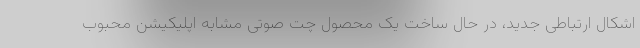
اشکال ارتباطی جدید، در حال ساخت یک محصول چت صوتی مشابه اپلیکیشن محبوب